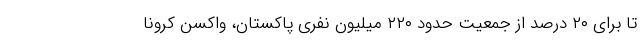
تا برای ۲۰ درصد از جمعیت حدود ۲۲۰ میلیون نفری پاکستان، واکسن کرونا